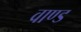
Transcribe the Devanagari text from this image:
वाण्ड